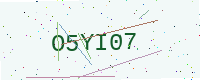
Text: O5YI07